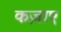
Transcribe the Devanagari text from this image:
कज़ाए